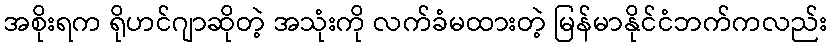
အစိုးရက ရိုဟင်ဂျာဆိုတဲ့ အသုံးကို လက်ခံမထားတဲ့ မြန်မာနိုင်ငံဘက်ကလည်း